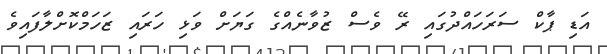
އަޑި ޕާކް ސަރަހައްދުގައި ރޭ ވެސް ޒުވާނެއްގެ ގަޔަށް ވަޅި ހަރައި ޒަހަމްކޮށްލާފައިވެ